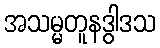
အသမ္မတူနဒွါဒသ